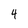
Character: 4